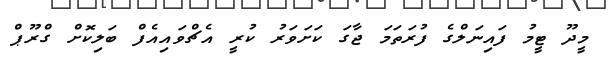
މީދޫ ޓީމު ފައިނަލްގެ ފުރަތަމަ ޖާގަ ކަށަވަރު ކުރީ އެޗްވައިއެފް ބަލިކޮށް ގްރޫޕް